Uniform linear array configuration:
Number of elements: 32
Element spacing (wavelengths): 0.25
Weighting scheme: blackman
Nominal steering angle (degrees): -15
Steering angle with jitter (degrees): -13.248
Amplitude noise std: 0.05
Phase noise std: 0.05

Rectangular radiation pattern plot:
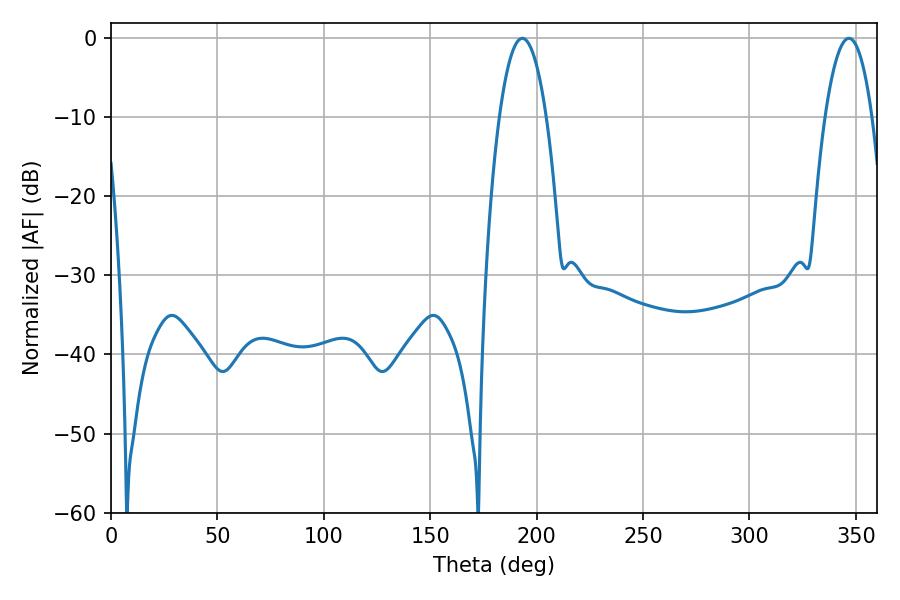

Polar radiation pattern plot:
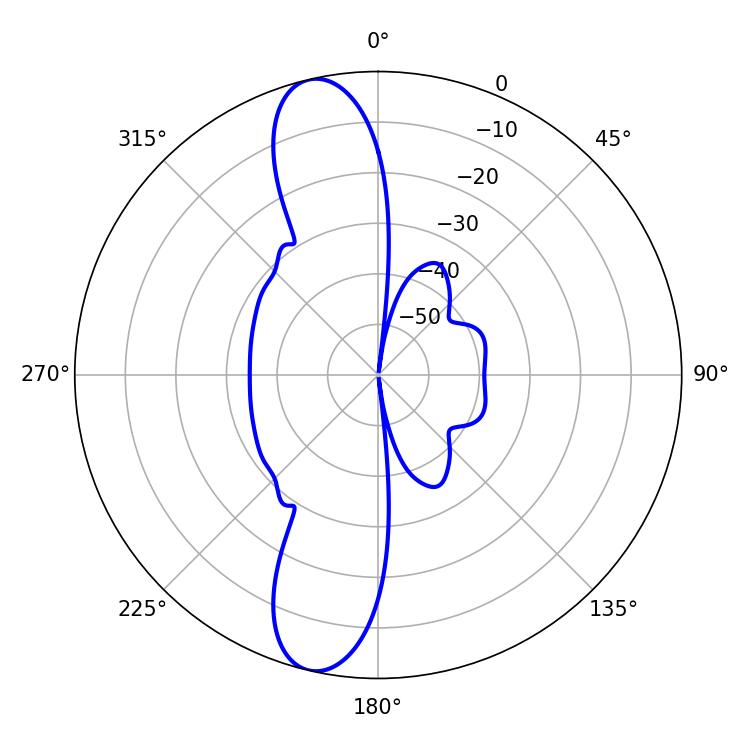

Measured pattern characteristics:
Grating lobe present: FALSE
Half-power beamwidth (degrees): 12.24
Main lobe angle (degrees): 193.32